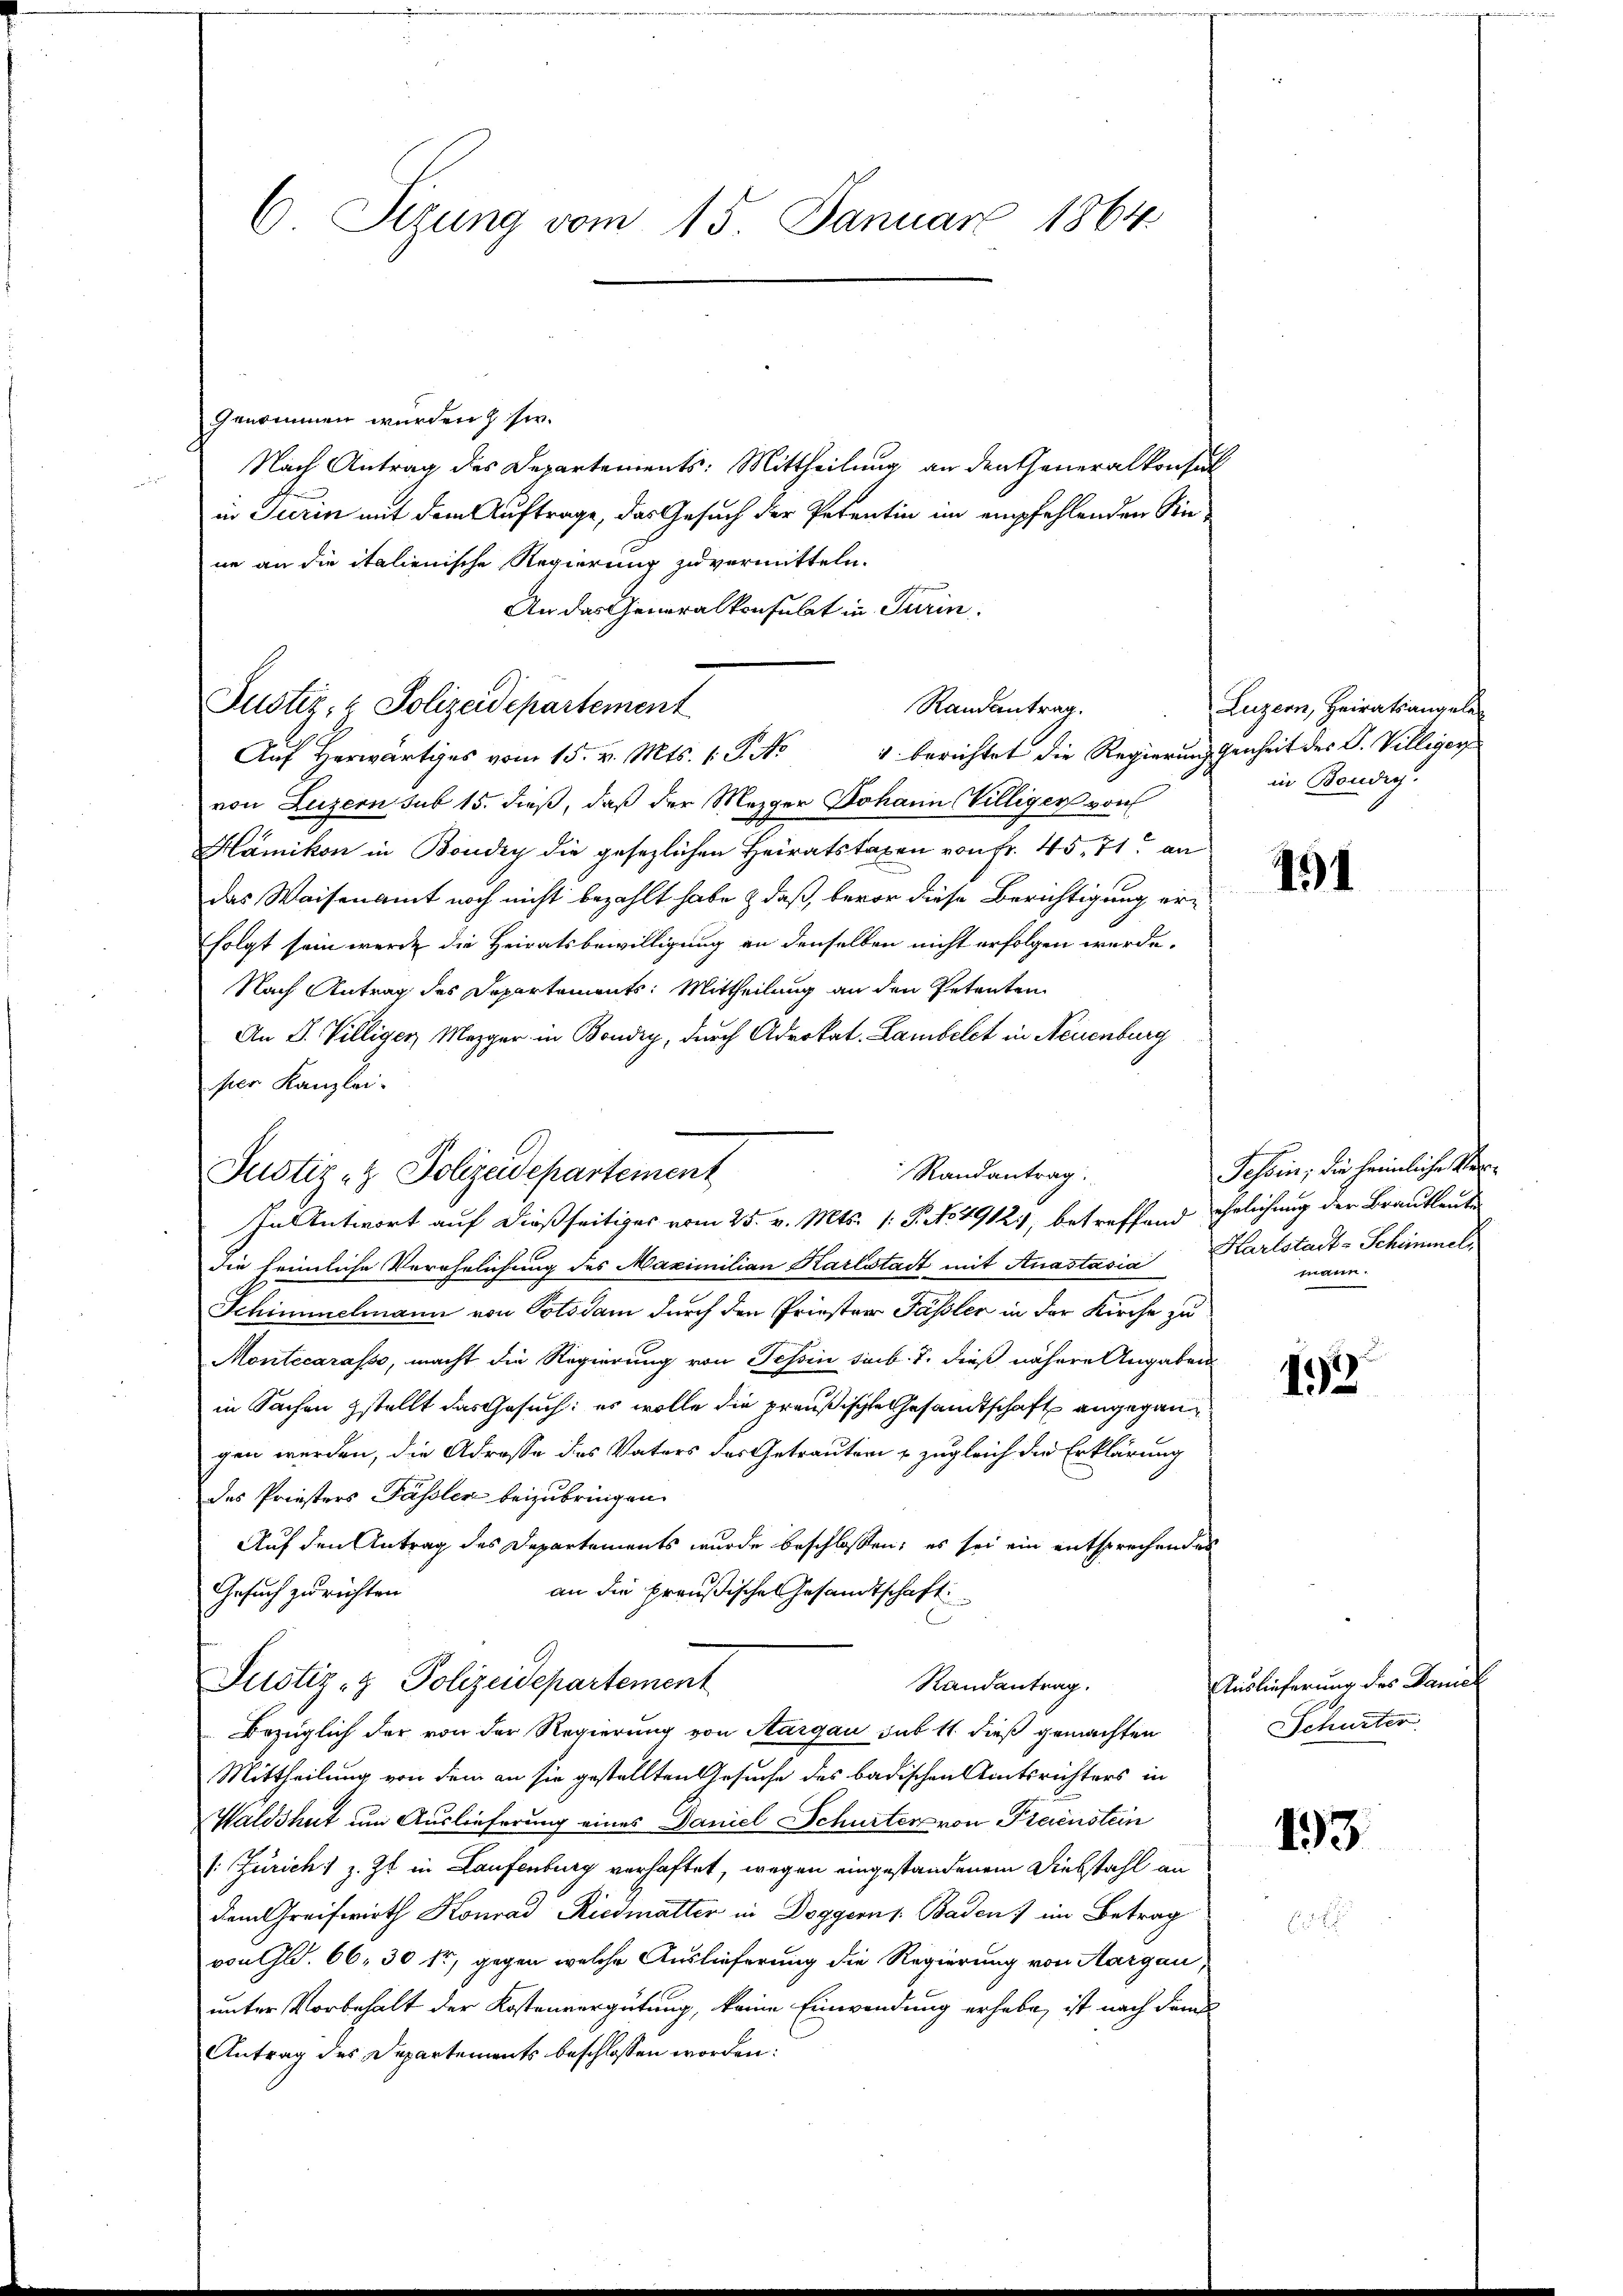
6 Sizung vom 15. Januar 1864

genommen wurden & sie.
Nach Antrag des Departements: Mittheilung an den Generalkonsul
in Turin mit dem Auftrage, das Gesuch der Petentin im empfehlenden Siene an die italienische Regierung zu vermitteln.
An das Generalkonsulat in Turin.
Auf Herwärtiges vom 15. v. Mts. v. J. No
von Luzern sub 15. dieß, daß der Mezger Johann Villiger von
Hämikon in Boudry die gesezlichen Heiratstaxen von Fr. 45. 71 an
das Waisenamt noch nicht bezahlt habe & daß, bevor diese Berichtigung erfolgt sein werde die Heiratsbewilligung an denselben nicht erfolgen werde.
Nach Antrag des Departements: Mittheilung an den Petenten
An D. Villiger, Mezger in Boudry, durch Advokat. Lambelct in Neuenburg
ser Kanzlei.
die heimliche Verehelichung des Maximilian Karlstadt mit Anastasia Karlstadt-Schimmel
Schimmelmann von Potsdam durch den Priester Fassler in der Kirche zu
Montecarasso, macht die Regierung von Tessin sub. 7. dieß nähere Angaben
in Sachen gestellt das Gesuch: es wolle die preußische Gesandtschaft angegangen werden, die Adresse des Vaters des Getrautern & zugleich die Erklärung
des Priesters Passler beizubringen.
Auf den Antrag des Departements wurde beschlossen; es sei ein entsprechendes
Gesuch zu richten
an die preußische Gesandtschaft
C
Justiz- & Polizeidepartement
Randantrag.
Bezüglich der von der Regierung von Aargau sub 11 dieß gemachten
Mittheilung von dem an sie gestellten Gesuche des badischen Amtsrichters in
Waldshut um Auslieferung eines Daniel Schurten von Freienstein
/: Zürich, z. Zt. in Laufenburg verhaftet, wegen eingestandenem Diebstahl an
dem Greifwirth Konrad Riedmatter in Doggern s. Baden) im Betrag
von Gld. 66, 30 fr, gegen welche Auslieferung die Regierung von Aargau,
unter Vorbehalt der Kostenvergütung, keine Einwendung erhabe, ist nach dam
Antrag des Departements beschlossen worden:

Justiz- & Polizeidepartement

Randantrag.

Randantrag
Justiz- & Polizeidepartement
In Antwort auf dießseitiges vom 25. v. Mts. 1. P. No. 1912, betreffend ehelichung der Brautleute

Luzern, Heiratsangele
" berichtet die Regierung genheit des Dr. Villiger
in Bondig.

451

Tessin; die heimliche Stelmann.

192

Auslicherung des Paniel
Schuster

193